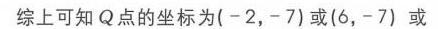
综上可知\(Q\)点的坐标为\((-2,-7)\)或\((6,-7)\)或